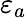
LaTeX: \varepsilon_{a}